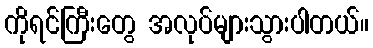
ကိုရင်ကြီးတွေ အလုပ်များသွားပါတယ်။